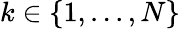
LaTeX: k\in\{ 1,...,N\}